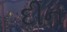
દીન